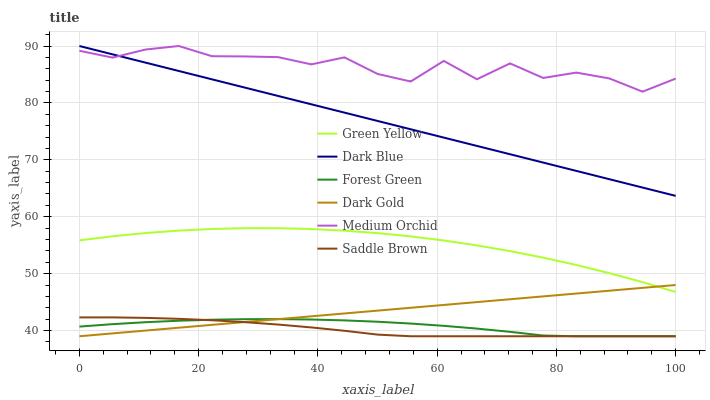
| xaxis_label | Green Yellow | Dark Blue | Forest Green | Dark Gold | Medium Orchid | Saddle Brown |
 | --- | --- | --- | --- | --- | --- | --- |
 | 0 | 55.9 | 90 | 40.7 | 39 | 89.2 | 42.3 |
 | 5.56 | 56.6 | 88.5 | 41.1 | 39.5 | 88 | 42.3 |
 | 11.1 | 57.1 | 87.1 | 41.5 | 40 | 89.4 | 42.2 |
 | 16.7 | 57.6 | 85.6 | 41.7 | 40.5 | 90 | 42.1 |
 | 22.2 | 57.9 | 84.1 | 41.9 | 41 | 88.2 | 41.8 |
 | 27.8 | 58 | 82.7 | 42 | 41.5 | 88.2 | 41.5 |
 | 33.3 | 58 | 81.2 | 42 | 42 | 88 | 41.1 |
 | 38.9 | 57.8 | 79.8 | 41.9 | 42.5 | 86.8 | 40.6 |
 | 44.4 | 57.6 | 78.3 | 41.8 | 43 | 88 | 40 |
 | 50 | 57.1 | 76.8 | 41.6 | 43.5 | 85.1 | 39.3 |
 | 55.6 | 56.5 | 75.4 | 41.2 | 44 | 83.8 | 39 |
 | 61.1 | 55.8 | 73.9 | 40.8 | 44.5 | 87.4 | 39 |
 | 66.7 | 55 | 72.4 | 40.3 | 45 | 84.2 | 39 |
 | 72.2 | 54 | 71 | 39.8 | 45.5 | 86.9 | 39 |
 | 77.8 | 52.8 | 69.5 | 39.1 | 46 | 84.4 | 39 |
 | 83.3 | 51.5 | 68.1 | 39 | 46.5 | 85.3 | 39 |
 | 88.9 | 50.1 | 66.6 | 39 | 47 | 84.3 | 39 |
 | 94.4 | 48.5 | 65.1 | 39 | 47.5 | 82 | 39 |
 | 100 | 46.8 | 63.7 | 39 | 48 | 84.3 | 39 |